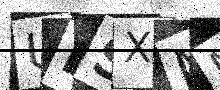
Text: UBSXMM